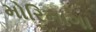
મોરિનાગા